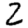
Digit: 2